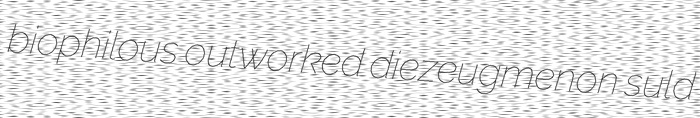
biophilous outworked diezeugmenon suld